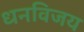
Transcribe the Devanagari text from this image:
धनविजय